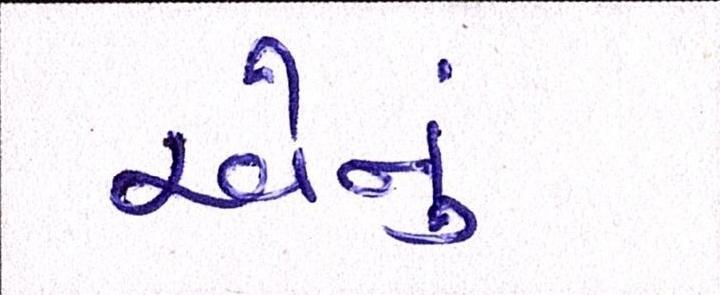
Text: એનું